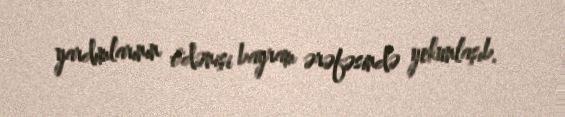
yardımlarının ödənişi bayram ərəfəsində yekunlaşıb.